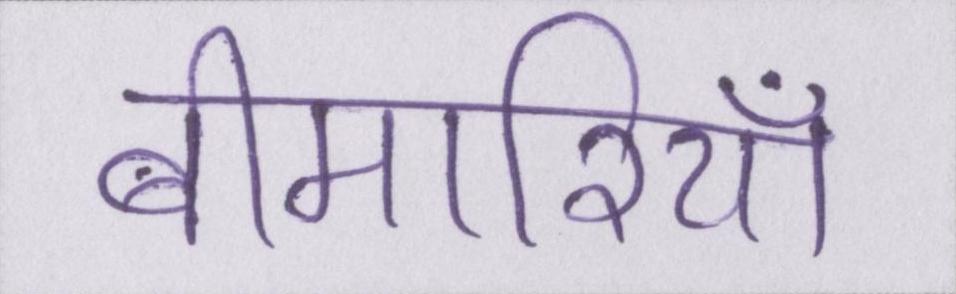
बीमारियाँ